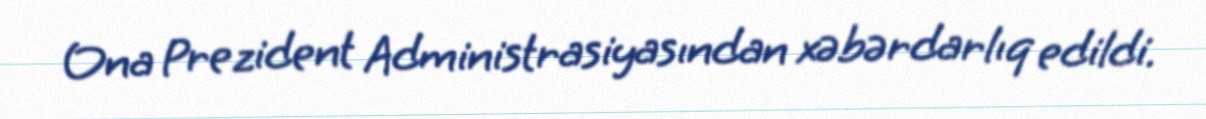
Ona Prezident Administrasiyasından xəbərdarlıq edildi.